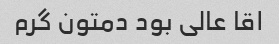
اقا عالی بود دمتون گرم